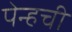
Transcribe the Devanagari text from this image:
पेन्हची